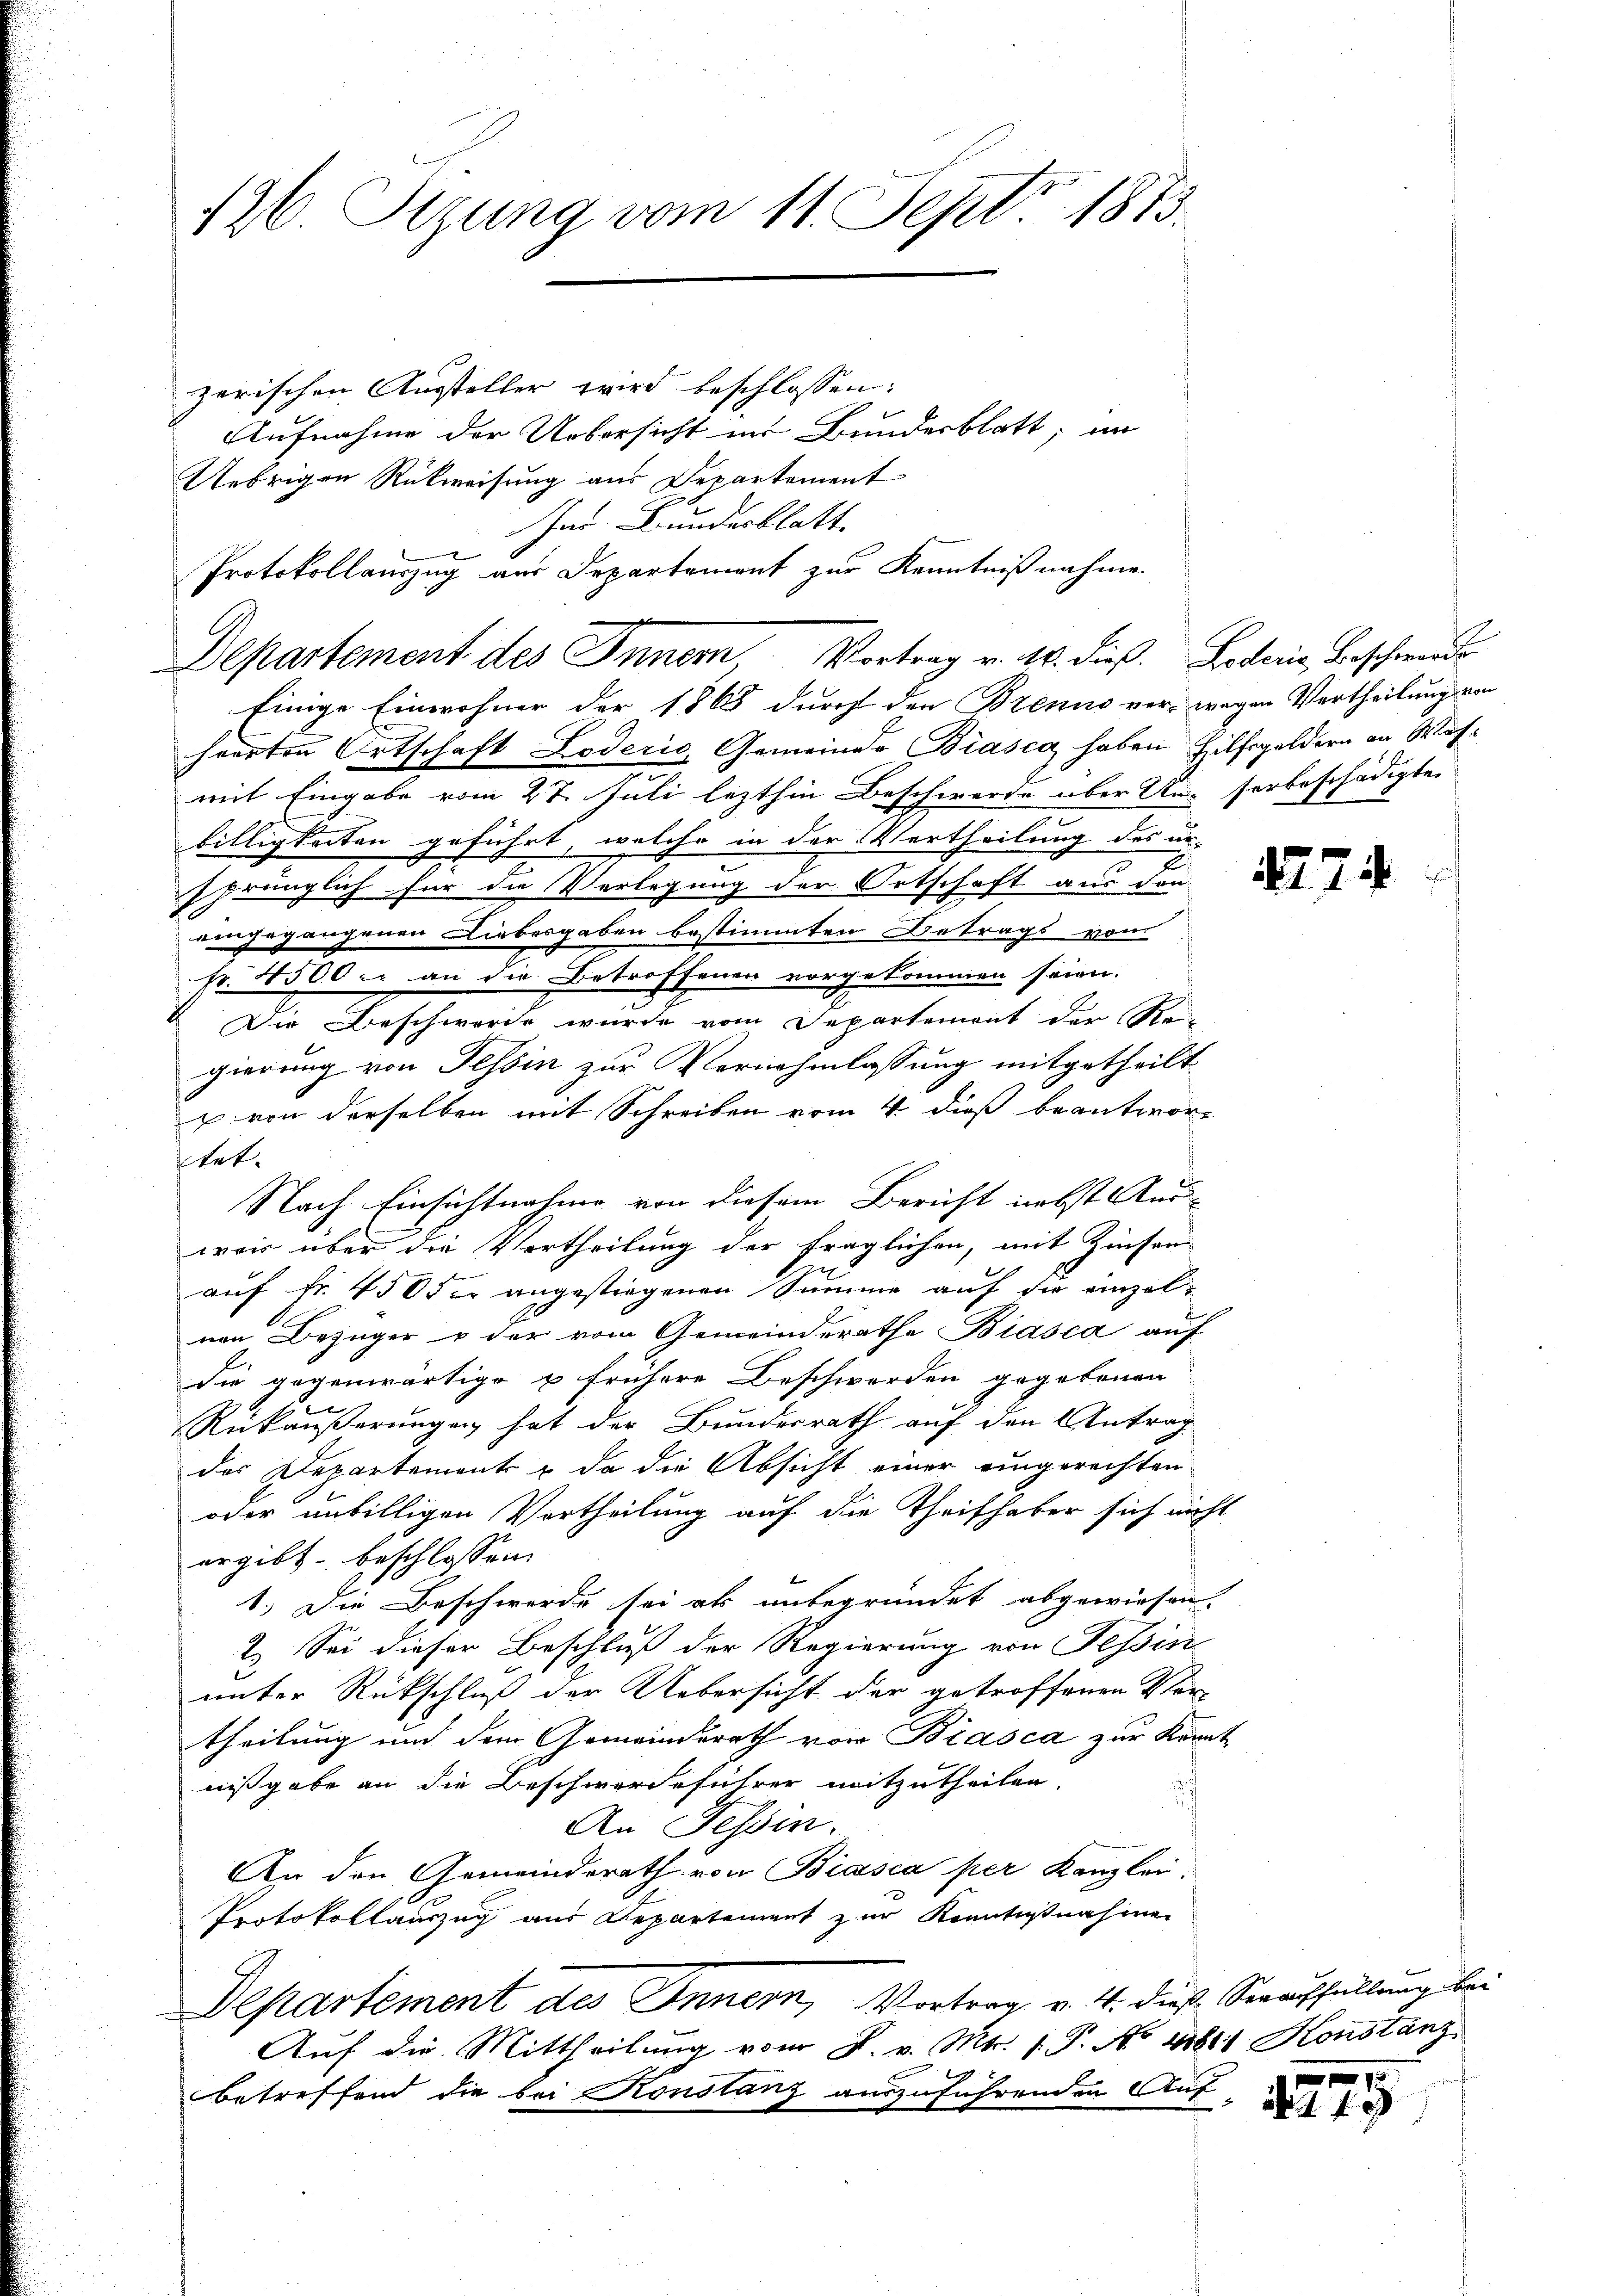
126. Sizung vom 11. Sept. 1815.

zerischen Aussteller wird beschlossen:
Aufnahme der Uebersicht in Bundesblatt, im
Einige Einwohner der 1865 durch den Brenns ver- wegen Vertheilung von
harrten Ortschaft Löderić, Gemeinde Biasca haben Hilfsgeldern an Wafmit Eingabe vom 27. Juli lezthin Beschwerde über Un-sorbeschädigten
billigkeiten geführt, welche in der Vertheilung des un
sprünglich für die Verlegung der Ortschaft aus den
eingegangenen Liebesgaben bestimmten Betrags vom
Fr. 4500 u. an die Betroffenen vorgekommen seien.
Die Beschwerde wurde vom Departement der Re-
gierung von Tessin zur Vernahmlassung mitgetheilt
z von derselben mit Schreiben vom 4. dieß beantwor¬
Nach Einsichtnahme von diesem Bericht nebst Aus-
wair über die Vertheilung der fraglichen, mit Zinsen
auf Fr. 450 der angestiegenen Summe auf die einzelnen Bezüger & der vom Gemeinderathe Biasca auf
die gegenwärtige u frühere Beschwerden gegebenen
Rükäußerungen hat der Bundesrath auf den Antrag
der Departement & da die Absicht einer eingerechten
oder unbilligen Vertheilung auf die Theilhaber sich nicht
ergibt beschlossen:
1.) Die Beschwerde sei als unbegründet abgewiesen.
2. Sei dieser Beschluß der Regierung von Tessin
unter Rückschluß der Uebersicht der getroffenen Ver-
theilung und dem Gemeinderath von Biasca zur Kennt
nißgabe an die Beschwerdeführer mitzutheilen.
An Tessin.
An den Gemeinderath von Biasca per Kanzlei,
Protokollauszug aus Repartement zur Konntestnahmen
Departement des Innern, Vortrag v. 4. dieß Serauffüllung bei
Aŭf die Mittheilŭng vom 8. v. Mts. 1. P. No 41811 Konstanz
betreffend die bei Konstanz auszuführenden Auf

etet.

Uebrigen Rückweisung aus Departement
Im Bundesblatt
Protokollauszug aus Departement zur Kenntnißnahme
Departement des Inner Vortrag v. 16. dieß. Leterie Beschwerde

1275